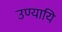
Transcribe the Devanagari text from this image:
उण्यायि